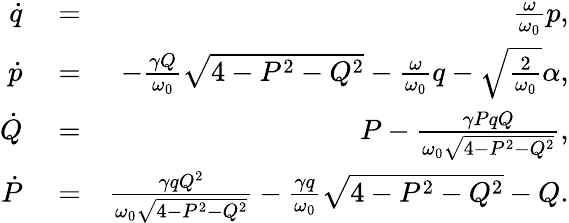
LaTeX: \begin{array}{rlr}{\dot{q}}&{{}=}&{\frac{\omega}{\omega_{0}}p,}\\ {\dot{p}}&{{}=}&{-\frac{\gamma Q}{\omega_{0}}\sqrt{4-P^{2}-Q^{2}}-\frac{\omega}{\omega_{0}}q-\sqrt{\frac{2}{\omega_{0}}}\alpha,}\\ {\dot{Q}}&{{}=}&{P-\frac{\gamma PqQ}{\omega_{0}\sqrt{4-P^{2}-Q^{2}}},}\\ {\dot{P}}&{{}=}&{\frac{\gamma qQ^{2}}{\omega_{0}\sqrt{4-P^{2}-Q^{2}}}-\frac{\gamma q}{\omega_{0}}\sqrt{4-P^{2}-Q^{2}}-Q.}\end{array}